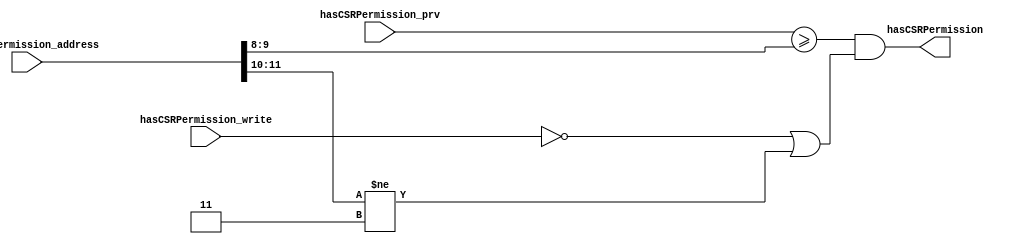
//
// Generated by Bluespec Compiler, version 2021.07-1-gaf77efcd (build af77efcd)
//
// On Mon Dec  6 11:47:44 IST 2021
//
//
// Ports:
// Name                         I/O  size props
// hasCSRPermission               O     1
// hasCSRPermission_address       I    12
// hasCSRPermission_write         I     1
// hasCSRPermission_prv           I     2
//
// Combinational paths from inputs to outputs:
//   (hasCSRPermission_address,
//    hasCSRPermission_write,
//    hasCSRPermission_prv) -> hasCSRPermission
//
//

`ifdef BSV_ASSIGNMENT_DELAY
`else
  `define BSV_ASSIGNMENT_DELAY
`endif

`ifdef BSV_POSITIVE_RESET
  `define BSV_RESET_VALUE 1'b1
  `define BSV_RESET_EDGE posedge
`else
  `define BSV_RESET_VALUE 1'b0
  `define BSV_RESET_EDGE negedge
`endif

module module_hasCSRPermission(hasCSRPermission_address,
			       hasCSRPermission_write,
			       hasCSRPermission_prv,
			       hasCSRPermission);
  // value method hasCSRPermission
  input  [11 : 0] hasCSRPermission_address;
  input  hasCSRPermission_write;
  input  [1 : 0] hasCSRPermission_prv;
  output hasCSRPermission;

  // signals for module outputs
  wire hasCSRPermission;

  // value method hasCSRPermission
  assign hasCSRPermission =
	     hasCSRPermission_prv >= hasCSRPermission_address[9:8] &&
	     (!hasCSRPermission_write ||
	      hasCSRPermission_address[11:10] != 2'b11) ;
endmodule  // module_hasCSRPermission